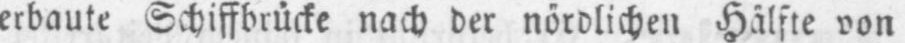
erbaute Schiffbrücke nach der nördlichen Hälfte von